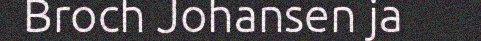
Broch Johansen ja